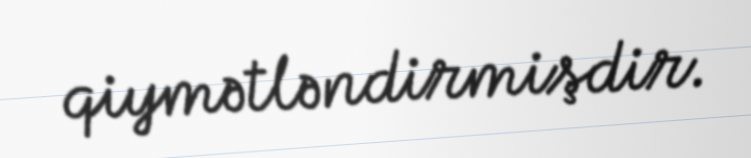
qiymətləndirmişdir.